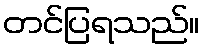
တင်ပြရသည်။